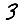
Digit: 3